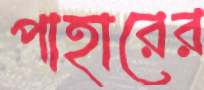
পাহারের